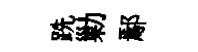
跣勦鄢